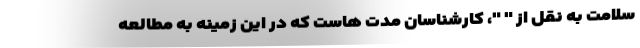
سلامت به نقل از " "، کارشناسان مدت هاست که در این زمینه به مطالعه